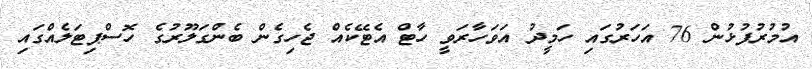
އުމުރުފުޅުން 76 އަހަރުގައި ހަމީދު އަވަހާރަވީ ހާޓް އެޓޭކެއް ޖެހިގެން ބެންގަލޫރުގެ ހޮސްޕިޓަލެއްގައި